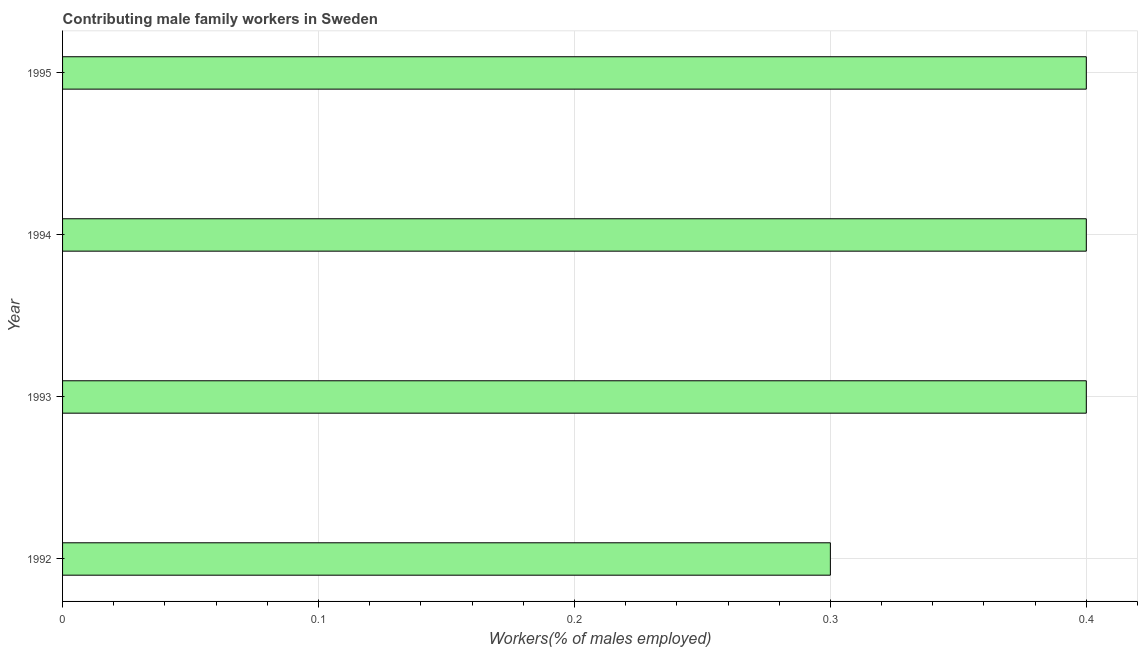
| Year | Contributing family workers |
 | --- | --- |
 | 1992 | 0.3 |
 | 1993 | 0.4 |
 | 1994 | 0.4 |
 | 1995 | 0.4 |